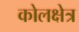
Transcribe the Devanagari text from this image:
कोलक्षेत्र